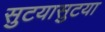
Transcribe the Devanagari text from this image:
सुटयासुटया